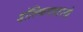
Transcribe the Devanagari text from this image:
डॉल्फिनसारखे